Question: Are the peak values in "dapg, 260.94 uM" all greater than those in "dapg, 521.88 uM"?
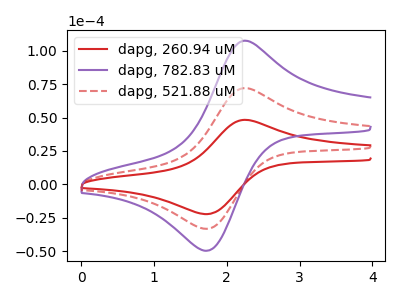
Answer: <think>The red curve "dapg, 260.94 uM" has an anodic peak at (2.25V, 48.30uA) and a cathodic peak at (1.70V, -22.30uA). The purple curve "dapg, 782.83 uM" has an anodic peak at (2.25V, 144.20uA) and a cathodic peak at (1.70V, -66.55uA). The red dashed curve "dapg, 521.88 uM" has an anodic peak at (2.25V, 72.10uA) and a cathodic peak at (1.70V, -33.25uA).</think>
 <answer>Every peak in "dapg, 260.94 uM" is lower than every peak in "dapg, 521.88 uM".</answer>
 <eval>lower</eval>